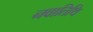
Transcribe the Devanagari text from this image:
नवातिथि